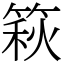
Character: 篍